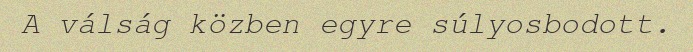
A válság közben egyre súlyosbodott.